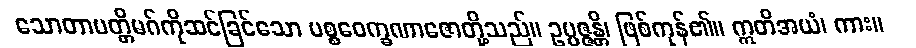
သောတာပတ္တိမဂ်ကိုဆင်ခြင်သော ပစ္စဝေက္ခဏာဇောတို့သည်။ ဥပ္ပဇ္ဇန္တိ၊ ဖြစ်ကုန်၏။ ဣတိအယံ၊ ကား။